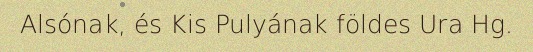
Alsónak, és Kis Pulyának földes Ura Hg.